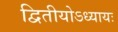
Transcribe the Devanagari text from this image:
द्वितीयोऽध्यायः